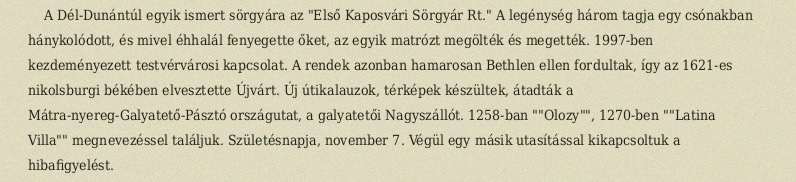
A Dél-Dunántúl egyik ismert sörgyára az "Első Kaposvári Sörgyár Rt." A legénység három tagja egy csónakban hánykolódott, és mivel éhhalál fenyegette őket, az egyik matrózt megölték és megették. 1997-ben kezdeményezett testvérvárosi kapcsolat. A rendek azonban hamarosan Bethlen ellen fordultak, így az 1621-es nikolsburgi békében elvesztette Újvárt. Új útikalauzok, térképek készültek, átadták a Mátra-nyereg-Galyatető-Pásztó országutat, a galyatetői Nagyszállót. 1258-ban ""Olozy"", 1270-ben ""Latina Villa"" megnevezéssel találjuk. Születésnapja, november 7. Végül egy másik utasítással kikapcsoltuk a hibafigyelést.